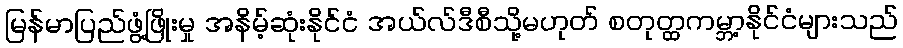
မြန်မာပြည်ဖွံ့ဖြိုးမှု အနိမ့်ဆုံးနိုင်ငံ အယ်လ်ဒီစီသို့မဟုတ် စတုတ္ထကမ္ဘာ့နိုင်ငံများသည်